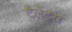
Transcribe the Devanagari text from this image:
टैलेंट्स